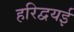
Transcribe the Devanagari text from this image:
हरिद्वयई